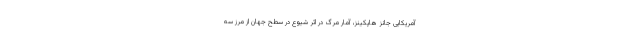
آمریکایی جانز هاپکینز، آمار مرگ در اثر شیوع در سطح جهان از مرز سه